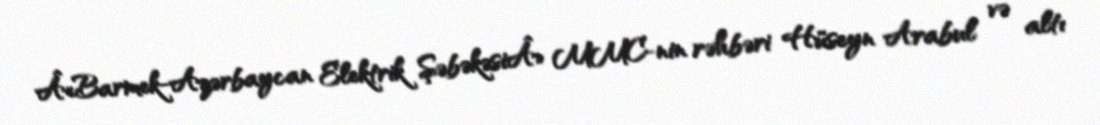
Â«Barmek-Azərbaycan Elektrik ŞəbəkəsiÂ» MMC-nin rəhbəri Hüseyn Arabul və altı